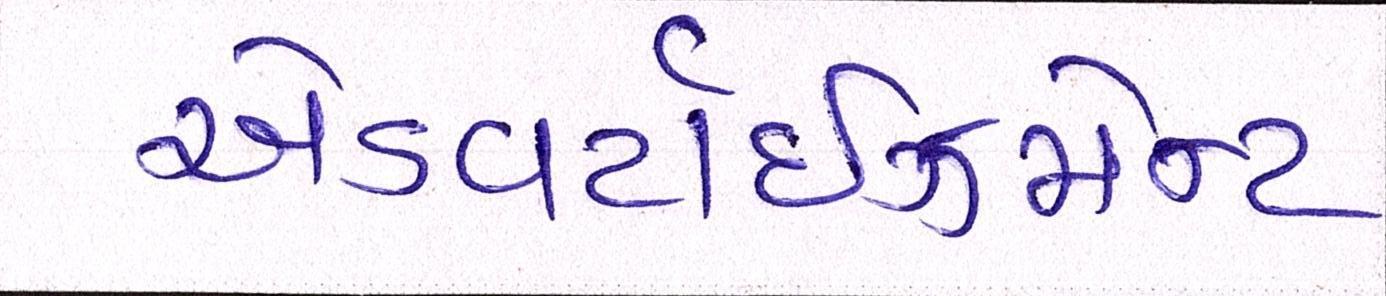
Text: એડવર્ટાઇઝમેન્ટ